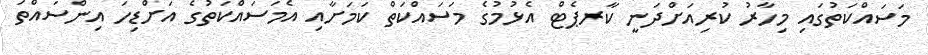
މަސައްކަތުގައި މިހާރު ކުރިއަށްދަނީ ކާރޕެޓް އެޅުމުގެ މަސައްކަތް ކަމަށާއި އެމަސައްކަތުގެ އަށްޑިހަ އިންސައްތަ